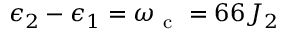
\epsilon _ { 2 } - \epsilon _ { 1 } = \omega _ { \mathrm { ~ c ~ } } = 6 6 J _ { 2 }